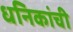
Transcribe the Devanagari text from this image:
धनिकांची